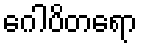
ဂေါပိတရော